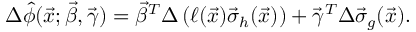
\Delta \hat { \phi } ( \vec { x } ; \vec { \beta } , \vec { \gamma } ) = \vec { \beta } ^ { T } \Delta \left( \ell ( \vec { x } ) \vec { \sigma } _ { h } ( \vec { x } ) \right) + \vec { \gamma } ^ { T } \Delta \vec { \sigma } _ { g } ( \vec { x } ) .